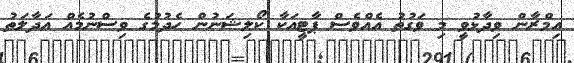
އިމްރާން ވިދާޅުވީ މި ވަގުތު އެއްވެސް ޕާޓީއަކާ ކޯލިޝަނުން ހެދުމުގެ ވިސްނުމެއް އަދާލަތު